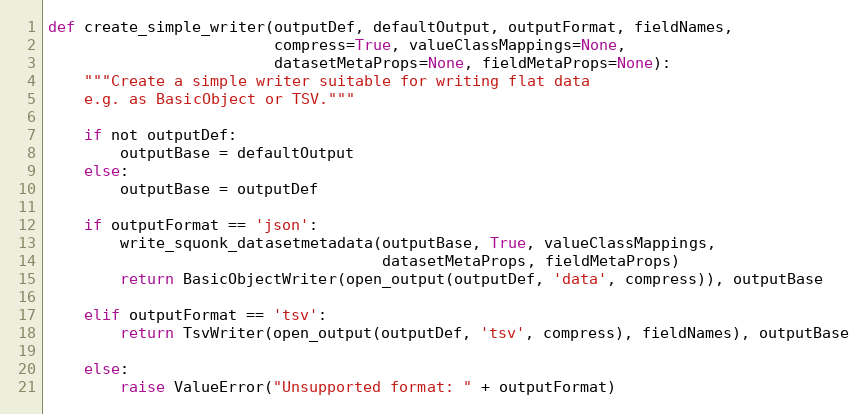
Language: Python
def create_simple_writer(outputDef, defaultOutput, outputFormat, fieldNames,
                         compress=True, valueClassMappings=None,
                         datasetMetaProps=None, fieldMetaProps=None):
    """Create a simple writer suitable for writing flat data
    e.g. as BasicObject or TSV."""

    if not outputDef:
        outputBase = defaultOutput
    else:
        outputBase = outputDef

    if outputFormat == 'json':
        write_squonk_datasetmetadata(outputBase, True, valueClassMappings,
                                     datasetMetaProps, fieldMetaProps)
        return BasicObjectWriter(open_output(outputDef, 'data', compress)), outputBase

    elif outputFormat == 'tsv':
        return TsvWriter(open_output(outputDef, 'tsv', compress), fieldNames), outputBase

    else:
        raise ValueError("Unsupported format: " + outputFormat)